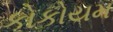
કોકોયમ